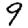
Digit: 9